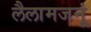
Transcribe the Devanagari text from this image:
लैलामजनूं